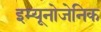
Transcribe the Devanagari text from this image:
इम्यूनोजेनिक